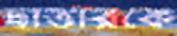
ছাত্তারকে